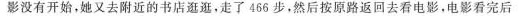
影没有开始，她又去附近的书店逛逛，走了466步，然后按原路返回去看电影，电影看完后